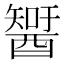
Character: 𨢮